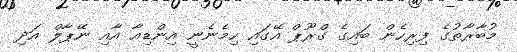
މުބާރާތުގެ ފިރިހެން ބައިގެ ގްރޫޕް އޭގައި ހިމެނެނީ އިންޑިއާ އާއި ނޭޕާލް އަދި